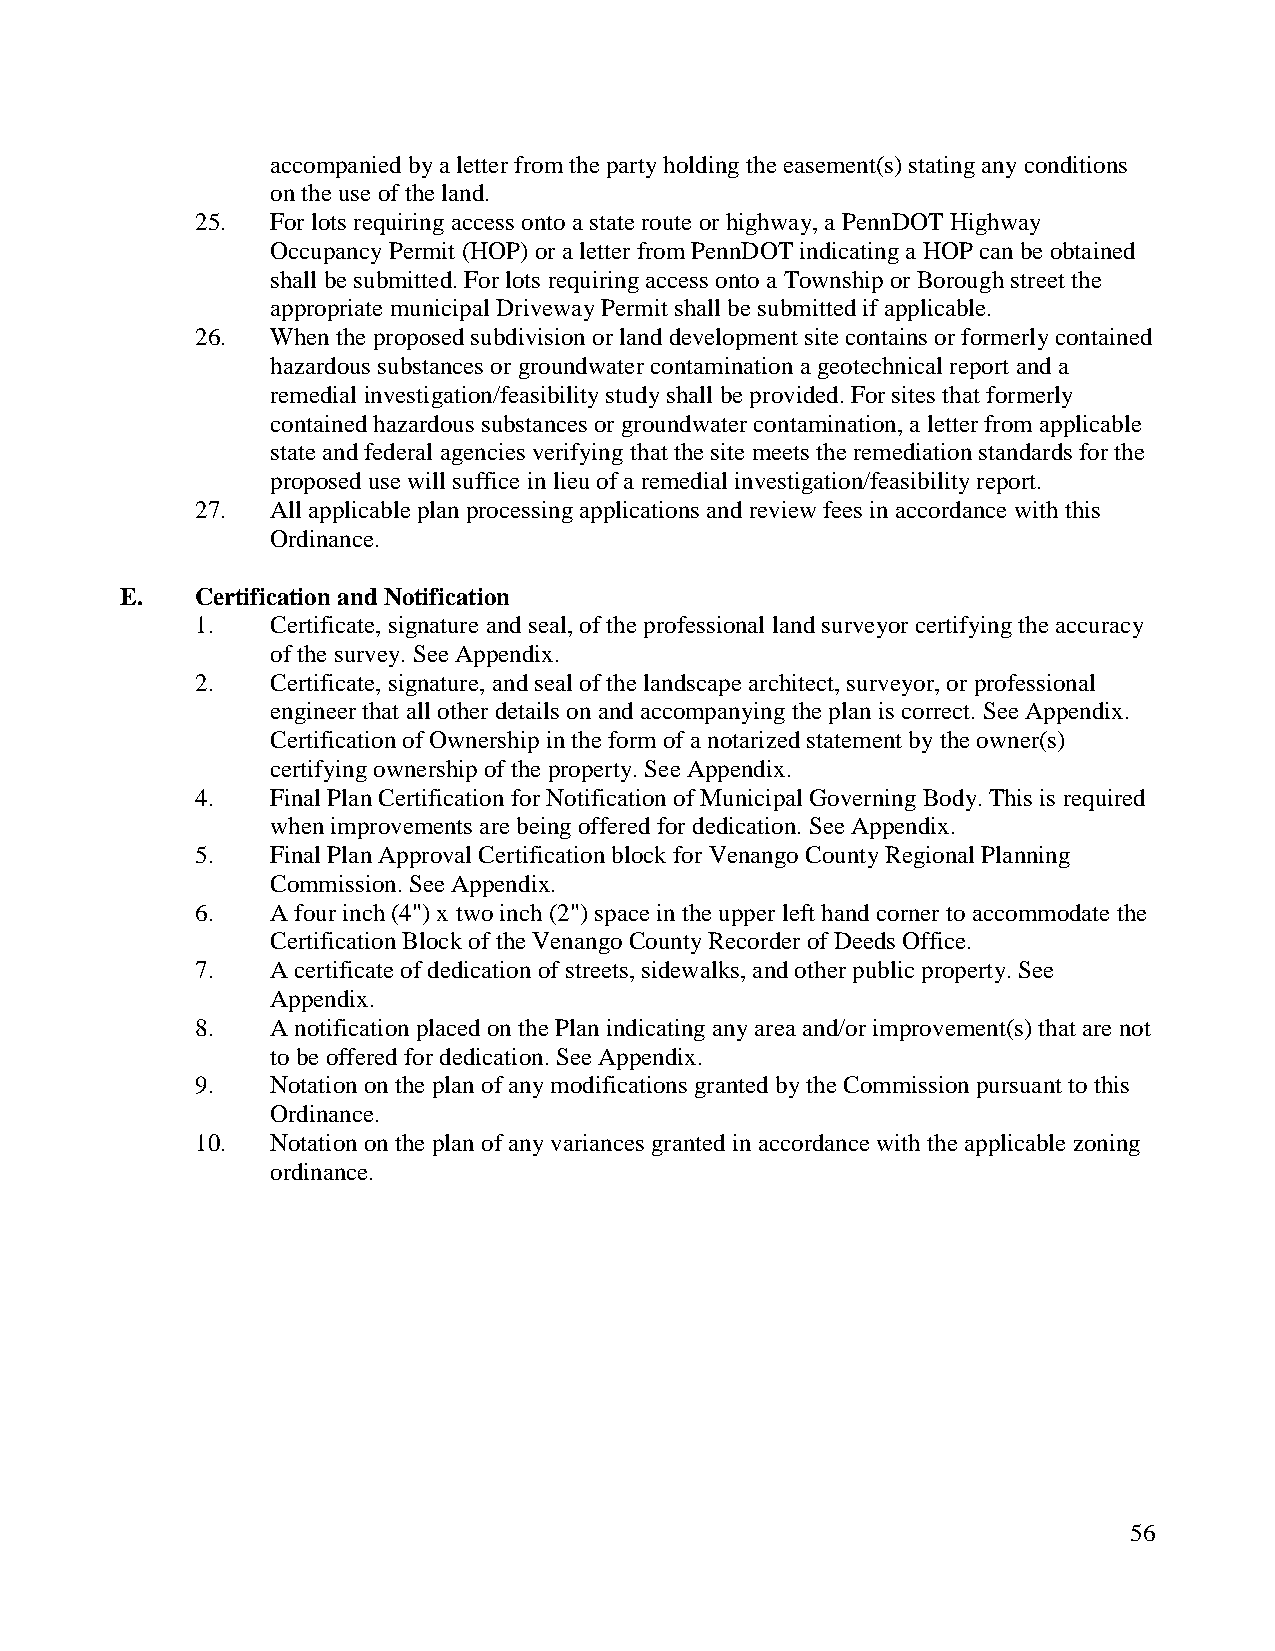
accompanied by a letter from the party holding the easement(s) stating any conditions
 on the use of the land.
 25.  For lots requiring access onto a state route or highway, a PennDOT Highway
 Occupancy Permit (HOP) or a letter from PennDOT indicating a HOP can be obtained
 shall be submitted. For lots requiring access onto a Township or Borough street the
 appropriate municipal Driveway Permit shall be submitted if applicable.
 26.  When the proposed subdivision or land development site contains or formerly contained
 hazardous substances or groundwater contamination a geotechnical report and a
 remedial investigation/feasibility study shall be provided. For sites that formerly
 contained hazardous substances or groundwater contamination, a letter from applicable
 state and federal agencies verifying that the site meets the remediation standards for the
 proposed use will suffice in lieu of a remedial investigation/feasibility report.
 27.  All applicable plan processing applications and review fees in accordance with this
 Ordinance.
 E.   Certification and Notification
 1.   Certificate, signature and seal, of the professional land surveyor certifying the accuracy
 of the survey. See Appendix.
 2.   Certificate, signature, and seal of the landscape architect, surveyor, or professional
 engineer that all other details on and accompanying the plan is correct. See Appendix.
 Certification of Ownership in the form of a notarized statement by the owner(s)
 certifying ownership of the property. See Appendix.
 4.   Final Plan Certification for Notification of Municipal Governing Body. This is required
 when improvements are being offered for dedication. See Appendix.
 5.   Final Plan Approval Certification block for Venango County Regional Planning
 Commission. See Appendix.
 6.   A four inch (4") x two inch (2") space in the upper left hand corner to accommodate the
 Certification Block of the Venango County Recorder of Deeds Office.
 7.   A certificate of dedication of streets, sidewalks, and other public property. See
 Appendix.
 8.   A notification placed on the Plan indicating any area and/or improvement(s) that are not
 to be offered for dedication. See Appendix.
 9.   Notation on the plan of any modifications granted by the Commission pursuant to this
 Ordinance.
 10.  Notation on the plan of any variances granted in accordance with the applicable zoning
 ordinance.
 56